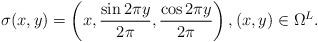
LaTeX: \begin{align*}\sigma(x,y) = \left(x,\frac{\sin 2\pi y}{2\pi}, \frac{\cos 2\pi y}{2\pi}\right), (x,y)\in \Omega^L.\end{align*}